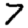
Digit: 7